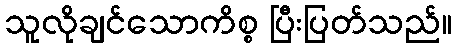
သူလိုချင်သောကိစ္စ ပြီးပြတ်သည်။